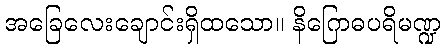
အခြေလေးချောင်းရှိထသော။ နိဂြောဓပရိမဏ္ဍ